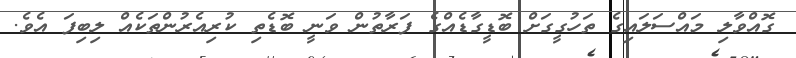
ގޮއްވާލި މައްސަލައިގެ ތަހުގީގަށް ބޮޑީގާޑެއްގެ ފަރާތުން ވަނީ ބޮޑެތި ކުރިއެރުންތަކެއް ލިބިފަ އެވެ.